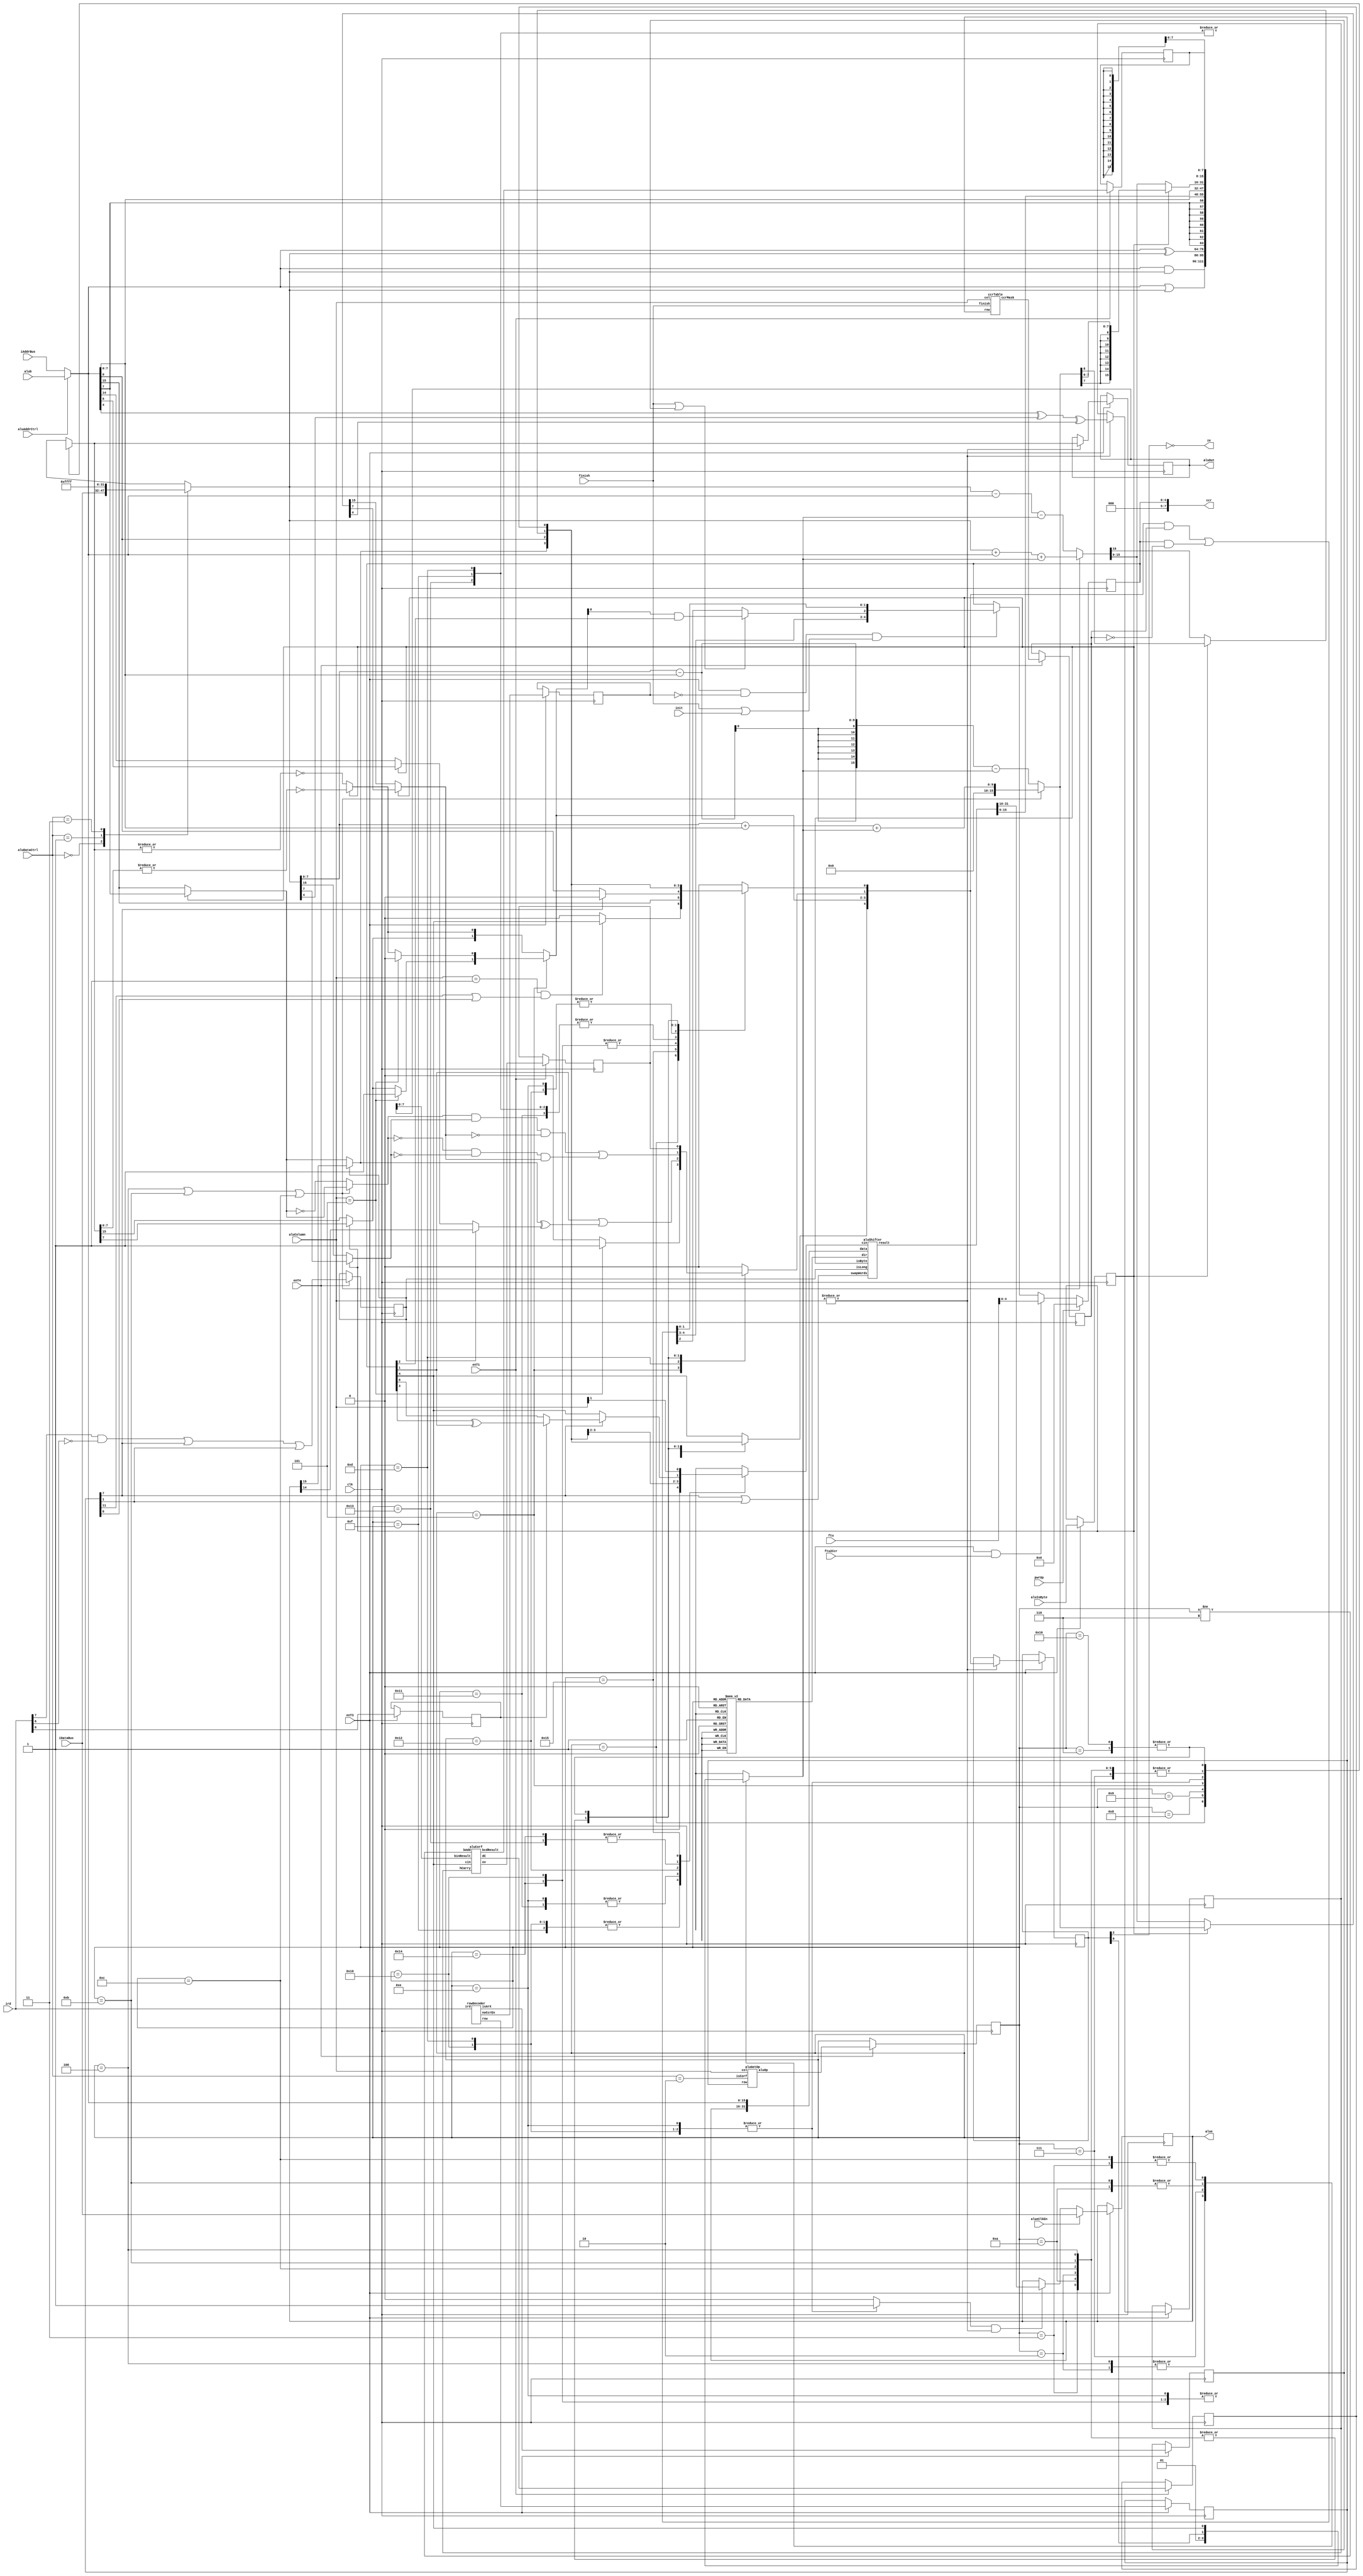
module fx68kAlu (
	clk,
	pwrUp,
	enT1,
	enT3,
	enT4,
	ird,
	aluColumn,
	aluDataCtrl,
	aluAddrCtrl,
	alueClkEn,
	ftu2Ccr,
	init,
	finish,
	aluIsByte,
	ftu,
	alub,
	iDataBus,
	iAddrBus,
	ze,
	alue,
	ccr,
	aluOut
);
	input clk;
	input pwrUp;
	input enT1;
	input enT3;
	input enT4;
	input [15:0] ird;
	input [2:0] aluColumn;
	input [1:0] aluDataCtrl;
	input aluAddrCtrl;
	input alueClkEn;
	input ftu2Ccr;
	input init;
	input finish;
	input aluIsByte;
	input [15:0] ftu;
	input [15:0] alub;
	input [15:0] iDataBus;
	input [15:0] iAddrBus;
	output ze;
	output reg [15:0] alue;
	output wire [7:0] ccr;
	output [15:0] aluOut;
	localparam CF = 0;
	localparam VF = 1;
	localparam ZF = 2;
	localparam NF = 3;
	localparam XF = 4;
	reg [15:0] aluLatch;
	reg [4:0] pswCcr;
	reg [4:0] ccrCore;
	reg [15:0] result;
	reg [4:0] ccrTemp;
	reg coreH;
	reg [15:0] subResult;
	reg subHcarry;
	reg subCout;
	reg subOv;
	assign aluOut = aluLatch;
	assign ze = ~ccrCore[ZF];
	reg [15:0] row;
	reg isArX;
	reg noCcrEn;
	reg isByte;
	reg [4:0] ccrMask;
	reg [4:0] oper;
	reg [15:0] aOperand;
	reg [15:0] dOperand;
	wire isCorf = aluDataCtrl == 2'b10;
	wire [15:0] cRow;
	wire cIsArX;
	wire cNoCcrEn;
	rowDecoder rowDecoder(
		.ird(ird),
		.row(cRow),
		.noCcrEn(cNoCcrEn),
		.isArX(cIsArX)
	);
	wire [4:0] cMask;
	wire [4:0] aluOp;
	aluGetOp aluGetOp(
		.row(row),
		.col(aluColumn),
		.isCorf(isCorf),
		.aluOp(aluOp)
	);
	ccrTable ccrTable(
		.col(aluColumn),
		.row(row),
		.finish(finish),
		.ccrMask(cMask)
	);
	wire shftIsMul = row[7];
	wire shftIsDiv = row[1];
	wire [31:0] shftResult;
	reg [7:0] bcdLatch;
	reg bcdCarry;
	reg bcdOverf;
	reg isLong;
	reg rIrd8;
	reg isShift;
	reg shftCin;
	reg shftRight;
	reg addCin;
	always @(posedge clk) begin
		if (enT3) begin
			row <= cRow;
			isArX <= cIsArX;
			noCcrEn <= cNoCcrEn;
			rIrd8 <= ird[8];
			isByte <= aluIsByte;
		end
		if (enT4) begin
			isLong <= ((ird[7] & ~ird[6]) | shftIsMul) | shftIsDiv;
			ccrMask <= cMask;
			oper <= aluOp;
		end
	end
	always @(*) begin
		aOperand = (aluAddrCtrl ? alub : iAddrBus);
		case (aluDataCtrl)
			2'b00: dOperand = iDataBus;
			2'b01: dOperand = 'h0000;
			2'b11: dOperand = 'hffff;
			2'b10: dOperand = 'sdX;
		endcase
	end
	wire shftMsb = (isLong ? alue[15] : (isByte ? aOperand[7] : aOperand[15]));
	aluShifter shifter(
		.data({alue, aOperand}),
		.swapWords(shftIsMul | shftIsDiv),
		.cin(shftCin),
		.dir(shftRight),
		.isByte(isByte),
		.isLong(isLong),
		.result(shftResult)
	);
	wire [7:0] bcdResult;
	wire bcdC;
	wire bcdV;
	localparam OP_SBCD = 6;
	aluCorf aluCorf(
		.binResult(aluLatch[7:0]),
		.hCarry(coreH),
		.bAdd(oper != OP_SBCD),
		.cin(pswCcr[XF]),
		.bcdResult(bcdResult),
		.dC(bcdC),
		.ov(bcdV)
	);
	always @(posedge clk)
		if (enT1) begin
			bcdLatch <= bcdResult;
			bcdCarry <= bcdC;
			bcdOverf <= bcdV;
		end
	localparam OP_ADD = 4;
	localparam OP_ADDC = 11;
	localparam OP_ADDX = 12;
	localparam OP_SUB = 2;
	localparam OP_SUB0 = 7;
	localparam OP_SUBC = 10;
	localparam OP_SUBX = 3;
	always @(*)
		case (oper)
			OP_ADD, OP_SUB: addCin = 1'b0;
			OP_SUB0: addCin = 1'b1;
			OP_ADDC, OP_SUBC: addCin = ccrCore[CF];
			OP_ADDX, OP_SUBX: addCin = pswCcr[XF];
			default: addCin = 1'bX;
		endcase
	localparam OP_ASL = 13;
	localparam OP_ASR = 14;
	localparam OP_LSL = 15;
	localparam OP_LSR = 16;
	localparam OP_ROL = 17;
	localparam OP_ROR = 18;
	localparam OP_ROXL = 19;
	localparam OP_ROXR = 20;
	localparam OP_SLAA = 21;
	always @(*) begin
		case (oper)
			OP_LSL, OP_ASL, OP_ROL, OP_ROXL, OP_SLAA: shftRight = 1'b0;
			OP_LSR, OP_ASR, OP_ROR, OP_ROXR: shftRight = 1'b1;
			default: shftRight = 1'bX;
		endcase
		case (oper)
			OP_LSR, OP_ASL, OP_LSL: shftCin = 1'b0;
			OP_ROL, OP_ASR: shftCin = shftMsb;
			OP_ROR: shftCin = aOperand[0];
			OP_ROXL, OP_ROXR:
				if (shftIsMul)
					shftCin = (rIrd8 ? pswCcr[NF] ^ pswCcr[VF] : pswCcr[CF]);
				else
					shftCin = pswCcr[XF];
			OP_SLAA: shftCin = aluColumn[1];
			default: shftCin = 'sdX;
		endcase
	end
	localparam OP_ABCD = 22;
	localparam OP_AND = 1;
	localparam OP_EOR = 9;
	localparam OP_EXT = 5;
	localparam OP_OR = 8;
	always @(*) begin
		mySubber(aOperand, dOperand, addCin, ((oper == OP_ADD) | (oper == OP_ADDC)) | (oper == OP_ADDX), isByte, subResult, subCout, subOv);
		isShift = 1'b0;
		case (oper)
			OP_AND: result = aOperand & dOperand;
			OP_OR: result = aOperand | dOperand;
			OP_EOR: result = aOperand ^ dOperand;
			OP_EXT: result = {{8 {aOperand[7]}}, aOperand[7:0]};
			OP_SLAA, OP_ASL, OP_ASR, OP_LSL, OP_LSR, OP_ROL, OP_ROR, OP_ROXL, OP_ROXR: begin
				result = shftResult[15:0];
				isShift = 1'b1;
			end
			OP_ADD, OP_ADDC, OP_ADDX, OP_SUB, OP_SUBC, OP_SUB0, OP_SUBX: result = subResult;
			OP_ABCD, OP_SBCD: result = {8'hXX, bcdLatch};
			default: result = 'sdX;
		endcase
	end
	task mySubber;
		input reg [15:0] inpa;
		input reg [15:0] inpb;
		input reg cin;
		input reg bAdd;
		input reg isByte;
		output reg [15:0] result;
		output cout;
		output ov;
		reg [16:0] rtemp;
		reg rm;
		reg sm;
		reg dm;
		reg tsm;
		begin
			if (isByte) begin
				rtemp = (bAdd ? ({1'b0, inpb[7:0]} + {1'b0, inpa[7:0]}) + cin : ({1'b0, inpb[7:0]} - {1'b0, inpa[7:0]}) - cin);
				result = {{8 {rtemp[7]}}, rtemp[7:0]};
				cout = rtemp[8];
			end
			else begin
				rtemp = (bAdd ? ({1'b0, inpb} + {1'b0, inpa}) + cin : ({1'b0, inpb} - {1'b0, inpa}) - cin);
				result = rtemp[15:0];
				cout = rtemp[16];
			end
			rm = (isByte ? rtemp[7] : rtemp[15]);
			dm = (isByte ? inpb[7] : inpb[15]);
			tsm = (isByte ? inpa[7] : inpa[15]);
			sm = (bAdd ? tsm : ~tsm);
			ov = ((sm & dm) & ~rm) | ((~sm & ~dm) & rm);
			subHcarry = (inpa[4] ^ inpb[4]) ^ rtemp[4];
		end
	endtask
	always @(*) begin
		ccrTemp[XF] = pswCcr[XF];
		ccrTemp[CF] = 0;
		ccrTemp[VF] = 0;
		ccrTemp[ZF] = (isByte ? ~(|result[7:0]) : ~(|result));
		ccrTemp[NF] = (isByte ? result[7] : result[15]);
		case (oper)
			OP_EXT:
				if (aluColumn == 5) begin
					ccrTemp[VF] = 1'b1;
					ccrTemp[NF] = 1'b1;
					ccrTemp[ZF] = 1'b0;
				end
			OP_SUB0, OP_OR, OP_EOR: begin
				ccrTemp[CF] = 0;
				ccrTemp[VF] = 0;
			end
			OP_AND: begin
				if ((aluColumn == 1) & (row[11] | row[8]))
					ccrTemp[CF] = pswCcr[XF];
				else
					ccrTemp[CF] = 0;
				ccrTemp[VF] = 0;
			end
			OP_SLAA: ccrTemp[CF] = aOperand[15];
			OP_LSL, OP_ROXL: begin
				ccrTemp[CF] = shftMsb;
				ccrTemp[XF] = shftMsb;
				ccrTemp[VF] = 1'b0;
			end
			OP_LSR, OP_ROXR: begin
				ccrTemp[CF] = (shftIsMul ? 1'b0 : aOperand[0]);
				ccrTemp[XF] = aOperand[0];
				ccrTemp[VF] = 0;
			end
			OP_ASL: begin
				ccrTemp[XF] = shftMsb;
				ccrTemp[CF] = shftMsb;
				ccrTemp[VF] = pswCcr[VF] | (shftMsb ^ (isLong ? alue[14] : (isByte ? aOperand[6] : aOperand[14])));
			end
			OP_ASR: begin
				ccrTemp[XF] = aOperand[0];
				ccrTemp[CF] = aOperand[0];
				ccrTemp[VF] = 0;
			end
			OP_ROL: ccrTemp[CF] = shftMsb;
			OP_ROR: ccrTemp[CF] = aOperand[0];
			OP_ADD, OP_ADDC, OP_ADDX, OP_SUB, OP_SUBC, OP_SUBX: begin
				ccrTemp[CF] = subCout;
				ccrTemp[XF] = subCout;
				ccrTemp[VF] = subOv;
			end
			OP_ABCD, OP_SBCD: begin
				ccrTemp[XF] = bcdCarry;
				ccrTemp[CF] = bcdCarry;
				ccrTemp[VF] = bcdOverf;
			end
		endcase
	end
	reg [4:0] ccrMasked;
	always @(*) begin
		ccrMasked = (ccrTemp & ccrMask) | (pswCcr & ~ccrMask);
		if (finish | isArX)
			ccrMasked[ZF] = ccrTemp[ZF] & pswCcr[ZF];
	end
	always @(posedge clk) begin
		if (enT3) begin
			if (|aluColumn) begin
				aluLatch <= result;
				coreH <= subHcarry;
				if (|aluColumn)
					ccrCore <= ccrTemp;
			end
			if (alueClkEn)
				alue <= iDataBus;
			else if (isShift & |aluColumn)
				alue <= shftResult[31:16];
		end
		if (pwrUp)
			pswCcr <= 'sd0;
		else if (enT3 & ftu2Ccr)
			pswCcr <= ftu[4:0];
		else if ((enT3 & ~noCcrEn) & (finish | init))
			pswCcr <= ccrMasked;
	end
	assign ccr = {3'b0, pswCcr};
endmodule
module aluCorf (
	binResult,
	bAdd,
	cin,
	hCarry,
	bcdResult,
	dC,
	ov
);
	input [7:0] binResult;
	input bAdd;
	input cin;
	input hCarry;
	output [7:0] bcdResult;
	output dC;
	output reg ov;
	reg [8:0] htemp;
	reg [4:0] hNib;
	wire lowC = hCarry | (bAdd ? gt9(binResult[3:0]) : 1'b0);
	wire highC = cin | (bAdd ? gt9(htemp[7:4]) | htemp[8] : 1'b0);
	always @(*)
		if (bAdd) begin
			htemp = {1'b0, binResult} + (lowC ? 4'h6 : 4'h0);
			hNib = htemp[8:4] + (highC ? 4'h6 : 4'h0);
			ov = hNib[3] & ~binResult[7];
		end
		else begin
			htemp = {1'b0, binResult} - (lowC ? 4'h6 : 4'h0);
			hNib = htemp[8:4] - (highC ? 4'h6 : 4'h0);
			ov = ~hNib[3] & binResult[7];
		end
	assign bcdResult = {hNib[3:0], htemp[3:0]};
	assign dC = hNib[4] | cin;
	function gt9;
		input reg [3:0] nib;
		gt9 = nib[3] & (nib[2] | nib[1]);
	endfunction
endmodule
module aluShifter (
	data,
	isByte,
	isLong,
	swapWords,
	dir,
	cin,
	result
);
	input [31:0] data;
	input isByte;
	input isLong;
	input swapWords;
	input dir;
	input cin;
	output reg [31:0] result;
	reg [31:0] tdata;
	always @(*) begin
		tdata = data;
		if (isByte & dir)
			tdata[8] = cin;
		else if (!isLong & dir)
			tdata[16] = cin;
	end
	always @(*)
		if (swapWords & dir)
			result = {tdata[0], tdata[31:17], cin, tdata[15:1]};
		else if (swapWords)
			result = {tdata[30:16], cin, tdata[14:0], tdata[31]};
		else if (dir)
			result = {cin, tdata[31:1]};
		else
			result = {tdata[30:0], cin};
endmodule
module aluGetOp (
	row,
	col,
	isCorf,
	aluOp
);
	input [15:0] row;
	input [2:0] col;
	input isCorf;
	output reg [4:0] aluOp;
	localparam OP_ABCD = 22;
	localparam OP_ADD = 4;
	localparam OP_ADDC = 11;
	localparam OP_ADDX = 12;
	localparam OP_AND = 1;
	localparam OP_ASL = 13;
	localparam OP_ASR = 14;
	localparam OP_EOR = 9;
	localparam OP_EXT = 5;
	localparam OP_LSL = 15;
	localparam OP_LSR = 16;
	localparam OP_OR = 8;
	localparam OP_ROL = 17;
	localparam OP_ROR = 18;
	localparam OP_ROXL = 19;
	localparam OP_ROXR = 20;
	localparam OP_SBCD = 6;
	localparam OP_SLAA = 21;
	localparam OP_SUB = 2;
	localparam OP_SUB0 = 7;
	localparam OP_SUBC = 10;
	localparam OP_SUBX = 3;
	always @(*) begin
		aluOp = 'sdX;
		case (col)
			1: aluOp = OP_AND;
			5: aluOp = OP_EXT;
			default:
				case (1'b1)
					row[1]:
						case (col)
							2: aluOp = OP_SUB;
							3: aluOp = OP_SUBC;
							4, 6: aluOp = OP_SLAA;
						endcase
					row[2]:
						case (col)
							2: aluOp = OP_ADD;
							3: aluOp = OP_ADDC;
							4: aluOp = OP_ASR;
						endcase
					row[3]:
						case (col)
							2: aluOp = OP_ADDX;
							3: aluOp = (isCorf ? OP_ABCD : OP_ADD);
							4: aluOp = OP_ASL;
						endcase
					row[4]: aluOp = (col == 4 ? OP_LSL : OP_AND);
					row[5], row[6]:
						case (col)
							2: aluOp = OP_SUB;
							3: aluOp = OP_SUBC;
							4: aluOp = OP_LSR;
						endcase
					row[7]:
						case (col)
							2: aluOp = OP_SUB;
							3: aluOp = OP_ADD;
							4: aluOp = OP_ROXR;
						endcase
					row[8]:
						case (col)
							2: aluOp = OP_EXT;
							3: aluOp = OP_AND;
							4: aluOp = OP_ROXR;
						endcase
					row[9]:
						case (col)
							2: aluOp = OP_SUBX;
							3: aluOp = OP_SBCD;
							4: aluOp = OP_ROL;
						endcase
					row[10]:
						case (col)
							2: aluOp = OP_SUBX;
							3: aluOp = OP_SUBC;
							4: aluOp = OP_ROR;
						endcase
					row[11]:
						case (col)
							2: aluOp = OP_SUB0;
							3: aluOp = OP_SUB0;
							4: aluOp = OP_ROXL;
						endcase
					row[12]: aluOp = OP_ADDX;
					row[13]: aluOp = OP_EOR;
					row[14]: aluOp = (col == 4 ? OP_EOR : OP_OR);
					row[15]: aluOp = (col == 3 ? OP_ADD : OP_OR);
				endcase
		endcase
	end
endmodule
module rowDecoder (
	ird,
	row,
	noCcrEn,
	isArX
);
	input [15:0] ird;
	output reg [15:0] row;
	output noCcrEn;
	output reg isArX;
	wire eaRdir = ird[5:4] == 2'b00;
	wire eaAdir = ird[5:3] == 3'b001;
	wire size11 = ird[7] & ird[6];
	always @(*)
		case (ird[15:12])
			'h4, 'h9, 'hd: isArX = row[10] | row[12];
			default: isArX = 1'b0;
		endcase
	always @(*)
		case (ird[15:12])
			'h4:
				if (ird[8])
					row = 16'h0040;
				else
					case (ird[11:9])
						'b000: row = 16'h0400;
						'b001: row = 16'h0010;
						'b010: row = 16'h0020;
						'b011: row = 16'h0800;
						'b100: row = (ird[7] ? 16'h0100 : 16'h0200);
						'b101: row = 16'h8000;
						default: row = 0;
					endcase
			'h0:
				if (ird[8])
					row = (ird[7] ? 16'h4000 : 16'h2000);
				else
					case (ird[11:9])
						'b000: row = 16'h4000;
						'b001: row = 16'h0010;
						'b010: row = 16'h0020;
						'b011: row = 16'h0004;
						'b100: row = (ird[7] ? 16'h4000 : 16'h2000);
						'b101: row = 16'h2000;
						'b110: row = 16'h0040;
						default: row = 0;
					endcase
			'h1, 'h2, 'h3: row = 16'h0004;
			'h5:
				if (size11)
					row = 16'h8000;
				else
					row = (ird[8] ? 16'h0020 : 16'h0004);
			'h6: row = 0;
			'h7: row = 16'h0004;
			'h8:
				if (size11)
					row = 16'h0002;
				else if (ird[8] & eaRdir)
					row = 16'h0200;
				else
					row = 16'h4000;
			'h9:
				if ((ird[8] & ~size11) & eaRdir)
					row = 16'h0400;
				else
					row = 16'h0020;
			'hb:
				if ((ird[8] & ~size11) & ~eaAdir)
					row = 16'h2000;
				else
					row = 16'h0040;
			'hc:
				if (size11)
					row = 16'h0080;
				else if (ird[8] & eaRdir)
					row = 16'h0008;
				else
					row = 16'h0010;
			'hd:
				if ((ird[8] & ~size11) & eaRdir)
					row = 16'h1000;
				else
					row = 16'h0004;
			'he: begin : sv2v_autoblock_1
				reg [1:0] stype;
				if (size11)
					stype = ird[10:9];
				else
					stype = ird[4:3];
				case ({stype, ird[8]})
					0: row = 16'h0004;
					1: row = 16'h0008;
					2: row = 16'h0020;
					3: row = 16'h0010;
					4: row = 16'h0100;
					5: row = 16'h0800;
					6: row = 16'h0400;
					7: row = 16'h0200;
				endcase
			end
			default: row = 0;
		endcase
	assign noCcrEn = ((((ird[15] & ~ird[13]) & ird[12]) & size11) | ((ird[15:12] == 4'h5) & eaAdir)) | (((~ird[15] & ~ird[14]) & ird[13]) & (ird[8:6] == 3'b001));
endmodule
module ccrTable (
	col,
	row,
	finish,
	ccrMask
);
	input [2:0] col;
	input [15:0] row;
	input finish;
	localparam MASK_NBITS = 5;
	output reg [MASK_NBITS - 1:0] ccrMask;
	localparam KNZ00 = 5'b01111;
	localparam KKZKK = 5'b00100;
	localparam KNZKK = 5'b01100;
	localparam KNZ10 = 5'b01111;
	localparam KNZ0C = 5'b01111;
	localparam KNZVC = 5'b01111;
	localparam XNKVC = 5'b11011;
	localparam CUPDALL = 5'b11111;
	localparam CUNUSED = 5'bxxxxx;
	reg [MASK_NBITS - 1:0] ccrMask1;
	always @(*)
		case (col)
			1: ccrMask = ccrMask1;
			2, 3:
				case (1'b1)
					row[1]: ccrMask = KNZ0C;
					row[3], row[9]: ccrMask = (col == 2 ? XNKVC : CUPDALL);
					row[2], row[5], row[10], row[12]: ccrMask = CUPDALL;
					row[6], row[7], row[11]: ccrMask = KNZVC;
					row[4], row[8], row[13], row[14]: ccrMask = KNZ00;
					row[15]: ccrMask = 5'b0;
					default: ccrMask = CUNUSED;
				endcase
			4:
				case (row)
					16'h0004, 16'h0008, 16'h0010, 16'h0020: ccrMask = CUPDALL;
					16'h0080: ccrMask = KNZ00;
					16'h0200, 16'h0400: ccrMask = KNZ00;
					16'h0100, 16'h0800: ccrMask = CUPDALL;
					default: ccrMask = CUNUSED;
				endcase
			5: ccrMask = (row[1] ? KNZ10 : 5'b0);
			default: ccrMask = CUNUSED;
		endcase
	always @(*)
		if (finish)
			ccrMask1 = (row[7] ? KNZ00 : KNZKK);
		else
			ccrMask1 = (row[13] | row[14] ? KKZKK : KNZ00);
endmodule